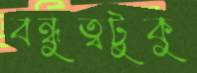
বন্ধুত্বটুকু